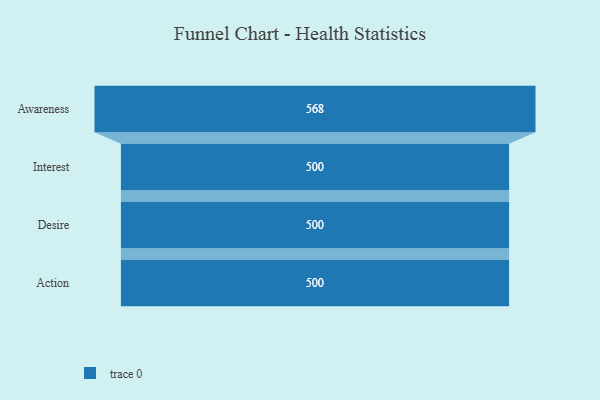
{"axis": {"x": "Stage", "y": "Value"}, "legend": [""], "data": [{"x": "Awareness", "y": 568.0, "type": ""}, {"x": "Interest", "y": 500, "type": ""}, {"x": "Desire", "y": 500, "type": ""}, {"x": "Action", "y": 500, "type": ""}]}